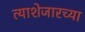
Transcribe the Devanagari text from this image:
त्याशेजारच्या